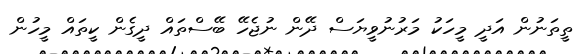
ތީތަނުން އަދީ މީހަކު މަރުނުވީޔަސް ދޭން ނުޖެހޭ ބޭސްތައް ދީގެން ކީތައް މީހުން